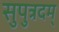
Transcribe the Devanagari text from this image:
सुपुत्रदम्